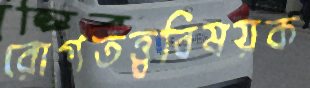
রোগতত্ত্ববিষয়ক